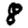
Digit: 8